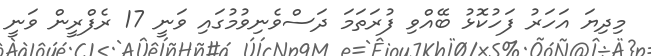
މިދިޔަ އަހަރު ފަހުކޮޅު ބޭއްވި ފުރަތަމަ ދަސްވެނިވުމުގައި ވަނީ 17 ރެފްރީން ވަނީ